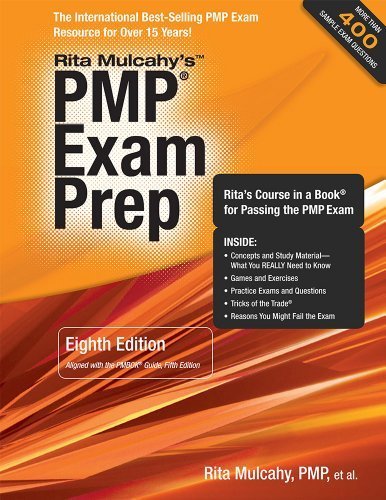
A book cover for PMP Exam Prep, Eighth Edition: Rita's Course in a Book for Passing the PMP Exam 8th (eighth) by Rita Mulcahy (2013) Paperback; Test Preparation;